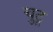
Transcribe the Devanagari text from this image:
चुटू